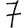
Digit: 7